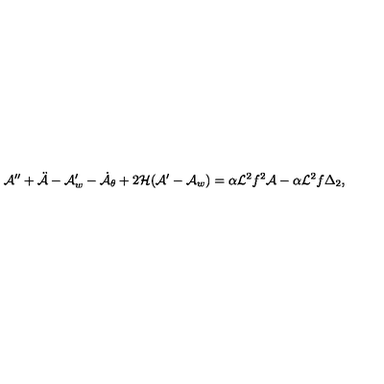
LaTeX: { \cal A } ^ { \prime \prime } + \ddot { { \cal A } } - { \cal A } _ { w } ^ { \prime } - \dot { { \cal A } } _ { \theta } + 2 { \cal H } ( { \cal A } ^ { \prime } - { \cal A } _ { w } ) = \alpha { \cal L } ^ { 2 } f ^ { 2 } { \cal A } - \alpha { \cal L } ^ { 2 } f \Delta _ { 2 } ,